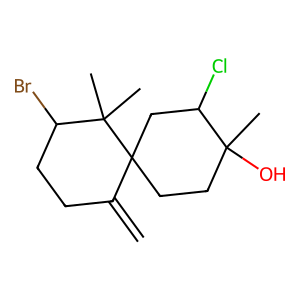
SMILES: C=C1CCC(Br)C(C)(C)C12CCC(C)(O)C(Cl)C2
Inhibits HIV replication: No